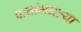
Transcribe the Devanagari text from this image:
पानांमधल्या